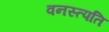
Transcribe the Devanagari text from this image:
वनस्त्पति